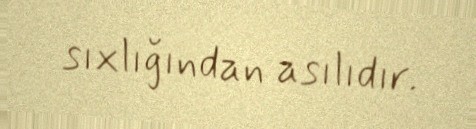
sıxlığından asılıdır.